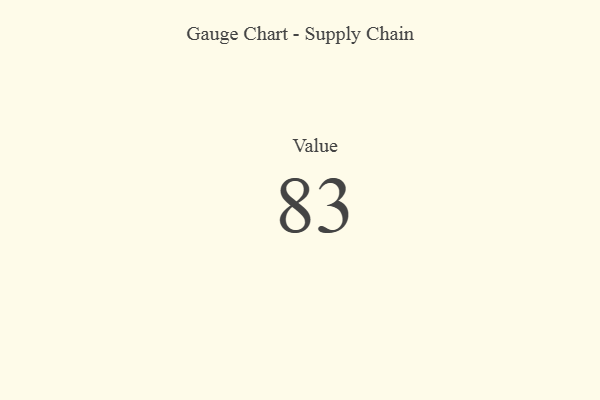
{"axis": {"x": "Metric", "y": "Value"}, "legend": [""], "data": [{"x": "Value", "y": 83, "type": ""}]}